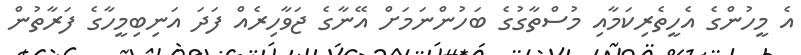
އެ މީހުންގެ އެހީތެރިކަމާއި މުސްތާގުގެ ބަހުންނަމަށް އޭނާގެ ޖަވާހިރެއް ފަދަ އަނިބިމީހާގެ ފަރާތުން